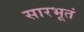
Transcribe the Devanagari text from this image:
सारभूतं